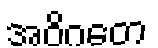
အဝိဂတေ